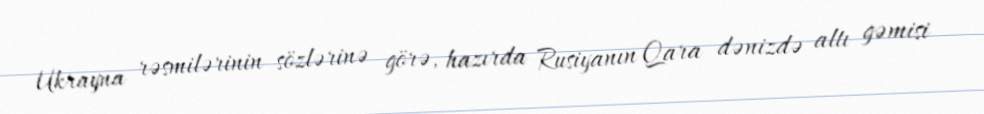
Ukrayna rəsmilərinin sözlərinə görə, hazırda Rusiyanın Qara dənizdə altı gəmisi